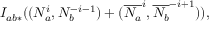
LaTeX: I _ { a b * } ( ( N _ { a } ^ { i } , N _ { b } ^ { - i - 1 } ) + ( \overline { { { N _ { a } } } } ^ { i } , \overline { { { N _ { b } } } } ^ { - i + 1 } ) ) ,